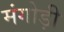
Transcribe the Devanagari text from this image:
मंगोड़ी